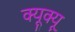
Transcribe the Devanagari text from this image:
क्यूक्यू